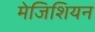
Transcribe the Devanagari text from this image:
मेजिशियन